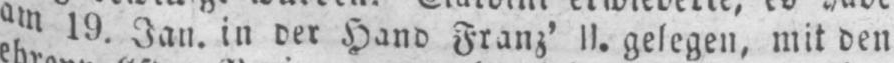
am 19. Jan. in der Hand Franz’ II. gelegen, mit den